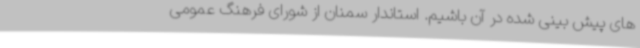
های پیش بینی شده در آن باشیم.‌ استاندار سمنان از شورای فرهنگ عمومی